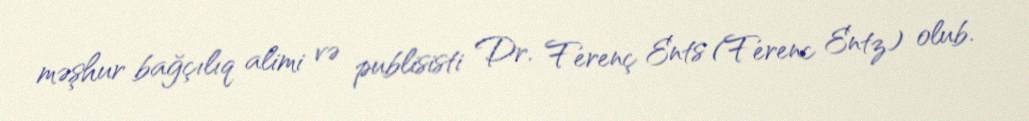
məşhur bağçılıq alimi və publisisti Dr. Ferenç Ents (Ferenc Entz) olub.